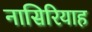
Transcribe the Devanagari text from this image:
नासिरियाह